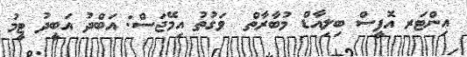
އިންޓަރ އޮފީސް ބިލިއާޑް މުބާރާތް  ވަގުތު އިމޭޖަސް: އަބްދު އަބީދު ޓީމު